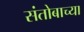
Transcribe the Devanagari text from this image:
संतोबाच्या